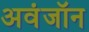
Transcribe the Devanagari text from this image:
अवंजॉन